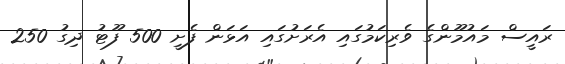
ރައީސް މައުމޫންގެ ވެރިކަމުގައި އެރަށުގައި އަޅަން ފެށީ 500 ފޫޓު ދިގު 250